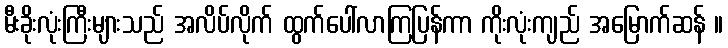
မီးခိုးလုံးကြီးများသည် အလိပ်လိုက် ထွက်ပေါ်လာကြပြန်ကာ ကိုးလုံးကျည် အမြောက်ဆန် ။